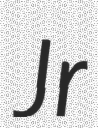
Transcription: Jr